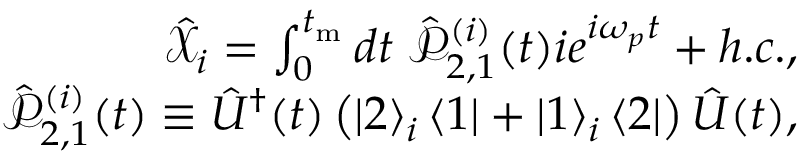
\begin{array} { r } { \hat { \mathcal X } _ { i } = \int _ { 0 } ^ { t _ { \mathrm { m } } } d t \; \hat { \mathcal P } _ { 2 , 1 } ^ { ( i ) } ( t ) i e ^ { i \omega _ { p } t } + h . c . , } \\ { \hat { \mathcal P } _ { 2 , 1 } ^ { ( i ) } ( t ) \equiv \hat { U } ^ { \dagger } ( t ) \left( \left| 2 \right> _ { i } \left< 1 \right| + \left| 1 \right> _ { i } \left< 2 \right| \right) \hat { U } ( t ) , } \end{array}